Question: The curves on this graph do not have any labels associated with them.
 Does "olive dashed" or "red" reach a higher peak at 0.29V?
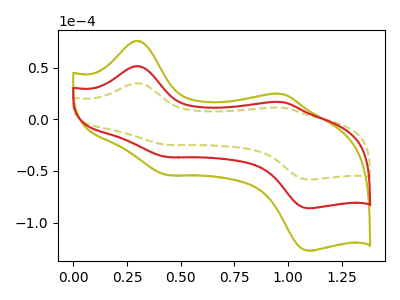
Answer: <think>The olive dashed curve "olive dashed" has anodic peaks at (0.30V, 34.85uA) (0.95V, 11.25uA) and cathodic peaks at (0.45V, -24.70uA) (1.10V, -58.40uA). The olive curve "olive" has anodic peaks at (0.30V, 102.90uA) (0.95V, 33.25uA) and cathodic peaks at (0.45V, -73.00uA) (1.10V, -172.40uA). The red curve "red" has anodic peaks at (0.30V, 51.45uA) (0.95V, 16.60uA) and cathodic peaks at (0.45V, -36.50uA) (1.10V, -86.20uA).</think>
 <answer>The peak at 0.29V is lower in "olive dashed" than in "red".</answer>
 <eval>lower</eval>